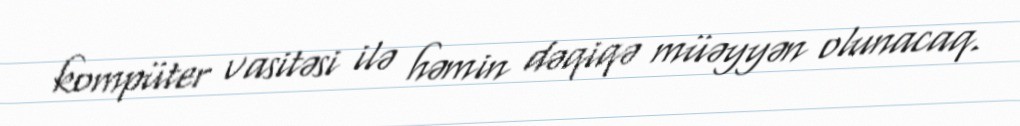
kompüter vasitəsi ilə həmin dəqiqə müəyyən olunacaq.